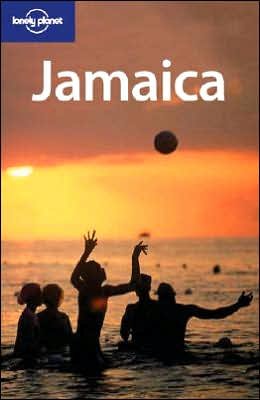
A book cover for Lonely Planet Jamaica (Country Guide); Michael Read; Travel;